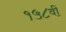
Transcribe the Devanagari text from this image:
१५८वीं